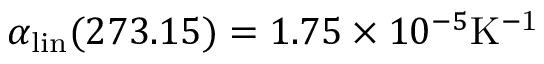
\alpha _ { \mathrm { l i n } } ( 2 7 3 . 1 5 ) = 1 . 7 5 \times 1 0 ^ { - 5 } \mathrm { K ^ { - 1 } }